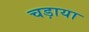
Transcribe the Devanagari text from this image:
चड़ाया